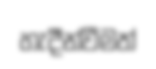
හැදීන්වීමත්